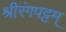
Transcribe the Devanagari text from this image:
श्रीरंगपट्टम्